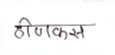
मजकूर: हीणकस